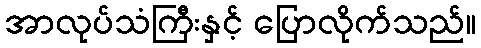
အာလုပ်သံကြီးနှင့် ပြောလိုက်သည်။